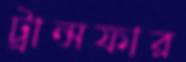
ট্রান্সফার